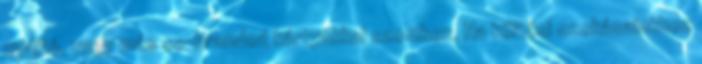
nyújtó, vagy más co-branded kártyákkal szemben. Ha költési szokásainkhoz